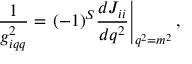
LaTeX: { \frac { 1 } { g _ { i q q } ^ { 2 } } } = \left. ( - 1 ) ^ { S } \frac { d J _ { i i } } { d q ^ { 2 } } \right| _ { q ^ { 2 } = m ^ { 2 } } ,